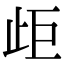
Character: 歫